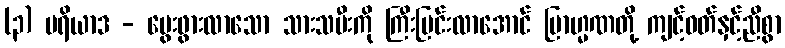
(၃) မရိယာဒ - မွေးဖွားလာသော သားသမီးကို ကြီးပြင်းလာအောင် ဗြာဟ္မဏတို့ ကျင့်ဝတ်နှင့်ညီစွာ